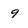
Character: 9